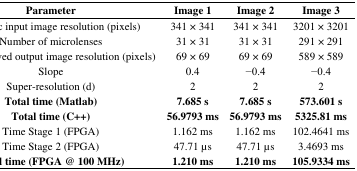
<table><thead><tr><td><b>Parameter</b></td><td><b>Image 1</b></td><td><b>Image 2</b></td><td><b>Image 3</b></td></tr></thead><tbody><tr><td>Plenoptic input image resolution (pixels)</td><td>341 × 341</td><td>341 × 341</td><td>3201 × 3201</td></tr><tr><td>Number of microlenses</td><td>31 × 31</td><td>31 × 31</td><td>291 × 291</td></tr><tr><td>Super-resolved output image resolution (pixels)</td><td>69 × 69</td><td>69 × 69</td><td>589 × 589</td></tr><tr><td>Slope</td><td>0.4</td><td>−0.4</td><td>−0.4</td></tr><tr><td>Super-resolution (d)</td><td>2</td><td>2</td><td>2</td></tr><tr><td><b>Total time (Matlab)</b></td><td><b>7.685 s</b></td><td><b>7.685 s</b></td><td><b>573.601 s</b></td></tr><tr><td><b>Total time (C ++)</b></td><td><b>56.9793 ms</b></td><td><b>56.9793 ms</b></td><td><b>5325.81 ms</b></td></tr><tr><td>Time Stage 1 (FPGA)</td><td>1.162 ms</td><td>1.162 ms</td><td>102.4641 ms</td></tr><tr><td>Time Stage 2 (FPGA)</td><td>47.71 μs</td><td>47.71 μs</td><td>3.4693 ms</td></tr><tr><td><b>Total time (FPGA @ 100 MHz)</b></td><td><b>1.210 ms</b></td><td><b>1.210 ms</b></td><td><b>105.9334 ms</b></td></tr></tbody></table>